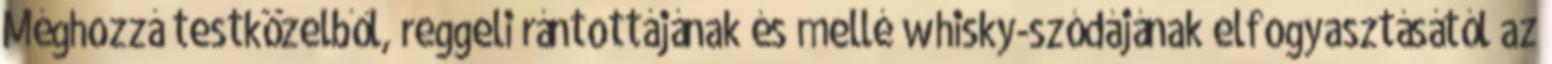
Méghozzá testközelből, reggeli rántottájának és mellé whisky-szódájának elfogyasztásától az